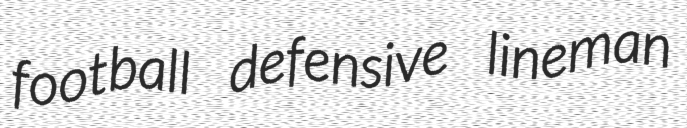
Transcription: football defensive lineman